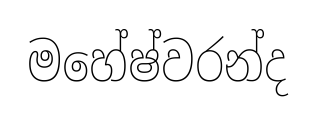
මහේෂ්වරන්ද